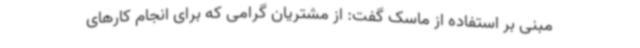
مبنی بر استفاده از ماسک گفت: از مشتریان گرامی که برای انجام کارهای